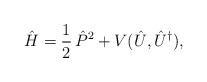
LaTeX: \begin{align*}\hat{H} = \frac 12 \, \hat{P}^{2} + V ( \hat{U}, \hat{U}^\dagger ),\end{align*}